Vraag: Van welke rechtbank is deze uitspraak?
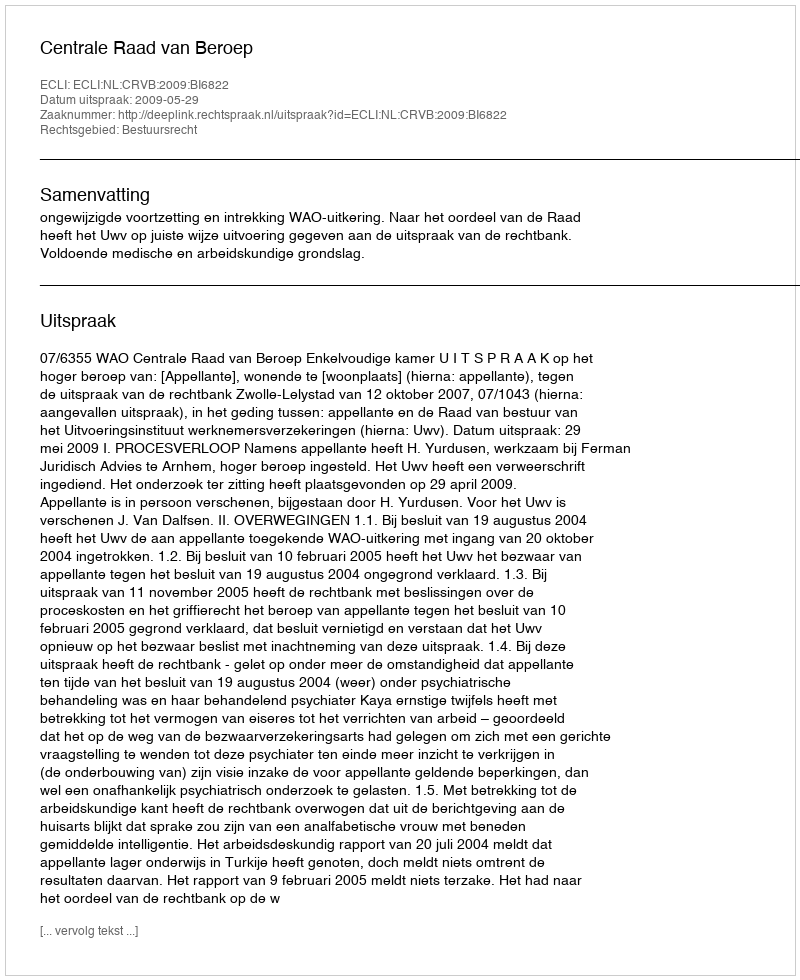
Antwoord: Centrale Raad van Beroep